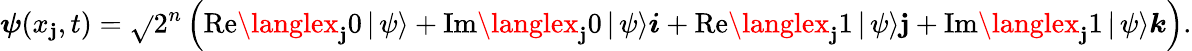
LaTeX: \boldsymbol{\psi}(x_{\mathbf{j}},t)=\sqrt{}{{2^{n}}}\left(\mathrm{{Re}}{\langlex_{\mathbf{j}}0\, |\, \psi\rangle}+\mathrm{{Im}}{\langlex_{\mathbf{j}}0\, |\, \psi\rangle}\boldsymbol{i}+\mathrm{{Re}}{\langlex_{\mathbf{j}}1\, |\, \psi\rangle}\boldsymbol{\mathbf{j}}+\mathrm{{Im}}{\langlex_{\mathbf{j}}1\, |\, \psi\rangle}\boldsymbol{k}\right).